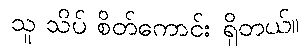
သူ သိပ် စိတ်ကောင်း ရှိတယ်။